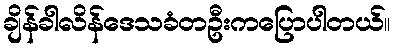
ချိန်ခါလိန်ဒေသခံတဦးကပြောပါတယ်။